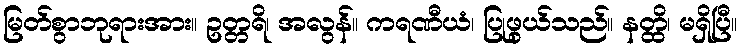
မြတ်စွာဘုရားအား။ ဥတ္တရိ၊ အလွန်။ ကရဏီယံ၊ ပြုဖွယ်သည်။ နတ္ထိ၊ မရှိပြီ။